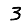
Digit: 3